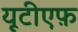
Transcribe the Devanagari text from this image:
यूटीएफ़